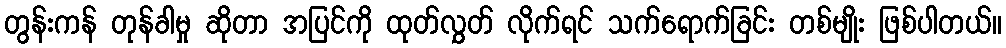
တွန်းကန် တုန်ခါမှု ဆိုတာ အပြင်ကို ထုတ်လွှတ် လိုက်ရင် သက်ရောက်ခြင်း တစ်မျိုး ဖြစ်ပါတယ်။